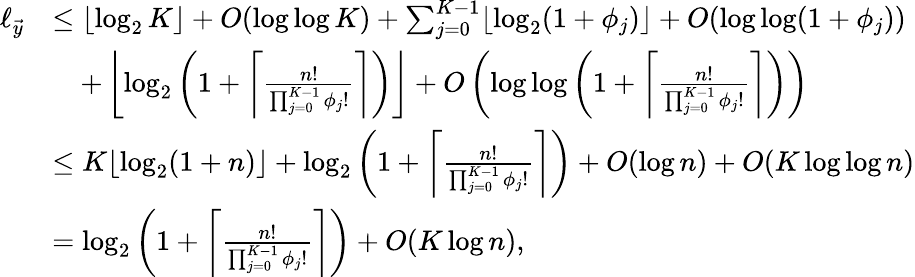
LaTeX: \begin{array}{rl}{\ell_{\vec{y}}}&{\leq\lfloor\log_{2}K\rfloor+O(\log\log K)+\sum_{j=0}^{K-1}\lfloor\log_{2}(1+\phi_{j})\rfloor+O(\log\log(1+\phi_{j}))}\\ &{\quad+\left\lfloor\log_{2}\left(1+\left\lceil\frac{n!}{\prod_{j=0}^{K-1}\phi_{j}!}\right\rceil\right)\right\rfloor+O\left(\log\log\left(1+\left\lceil\frac{n!}{\prod_{j=0}^{K-1}\phi_{j}!}\right\rceil\right)\right)}\\ &{\leq K\lfloor\log_{2}(1+n)\rfloor+\log_{2}\left(1+\left\lceil\frac{n!}{\prod_{j=0}^{K-1}\phi_{j}!}\right\rceil\right)+O(\log n)+O(K\log\log n)}\\ &{=\log_{2}\left(1+\left\lceil\frac{n!}{\prod_{j=0}^{K-1}\phi_{j}!}\right\rceil\right)+O(K\log n),}\end{array}